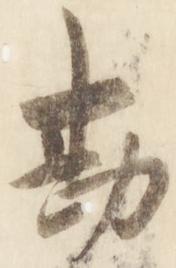
勘